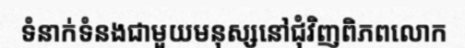
ទំនាក់ទំនងជាមួយមនុស្សនៅជុំវិញពិភពលោក